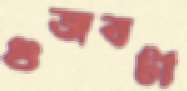
গুজবটা